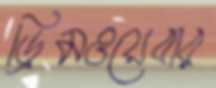
ড্রিমওয়েবার